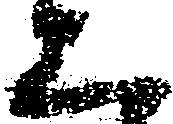
恐